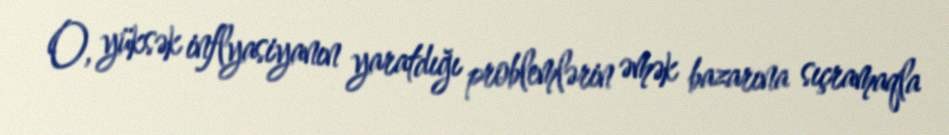
O, yüksək inflyasiyanın yaratdığı problemlərin əmək bazarına sıçramaqla